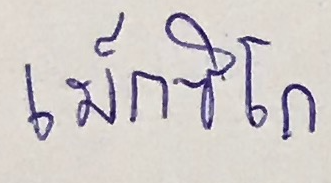
เม็กซิโก